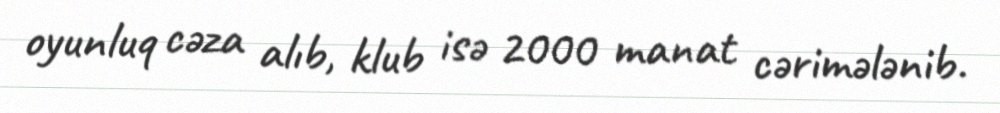
oyunluq cəza alıb, klub isə 2000 manat cərimələnib.